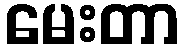
မေးတာ